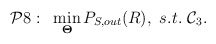
\begin{align*} \begin{aligned}\mathcal{P}8:~&\min_{\bold{\Theta}} P_{S,out}(R),~s.t.~ \mathcal{C}_3. \end{aligned} \end{align*}